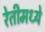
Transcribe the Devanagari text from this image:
रेतीमध्ये